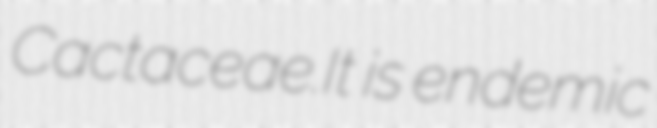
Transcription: Cactaceae.It is endemic